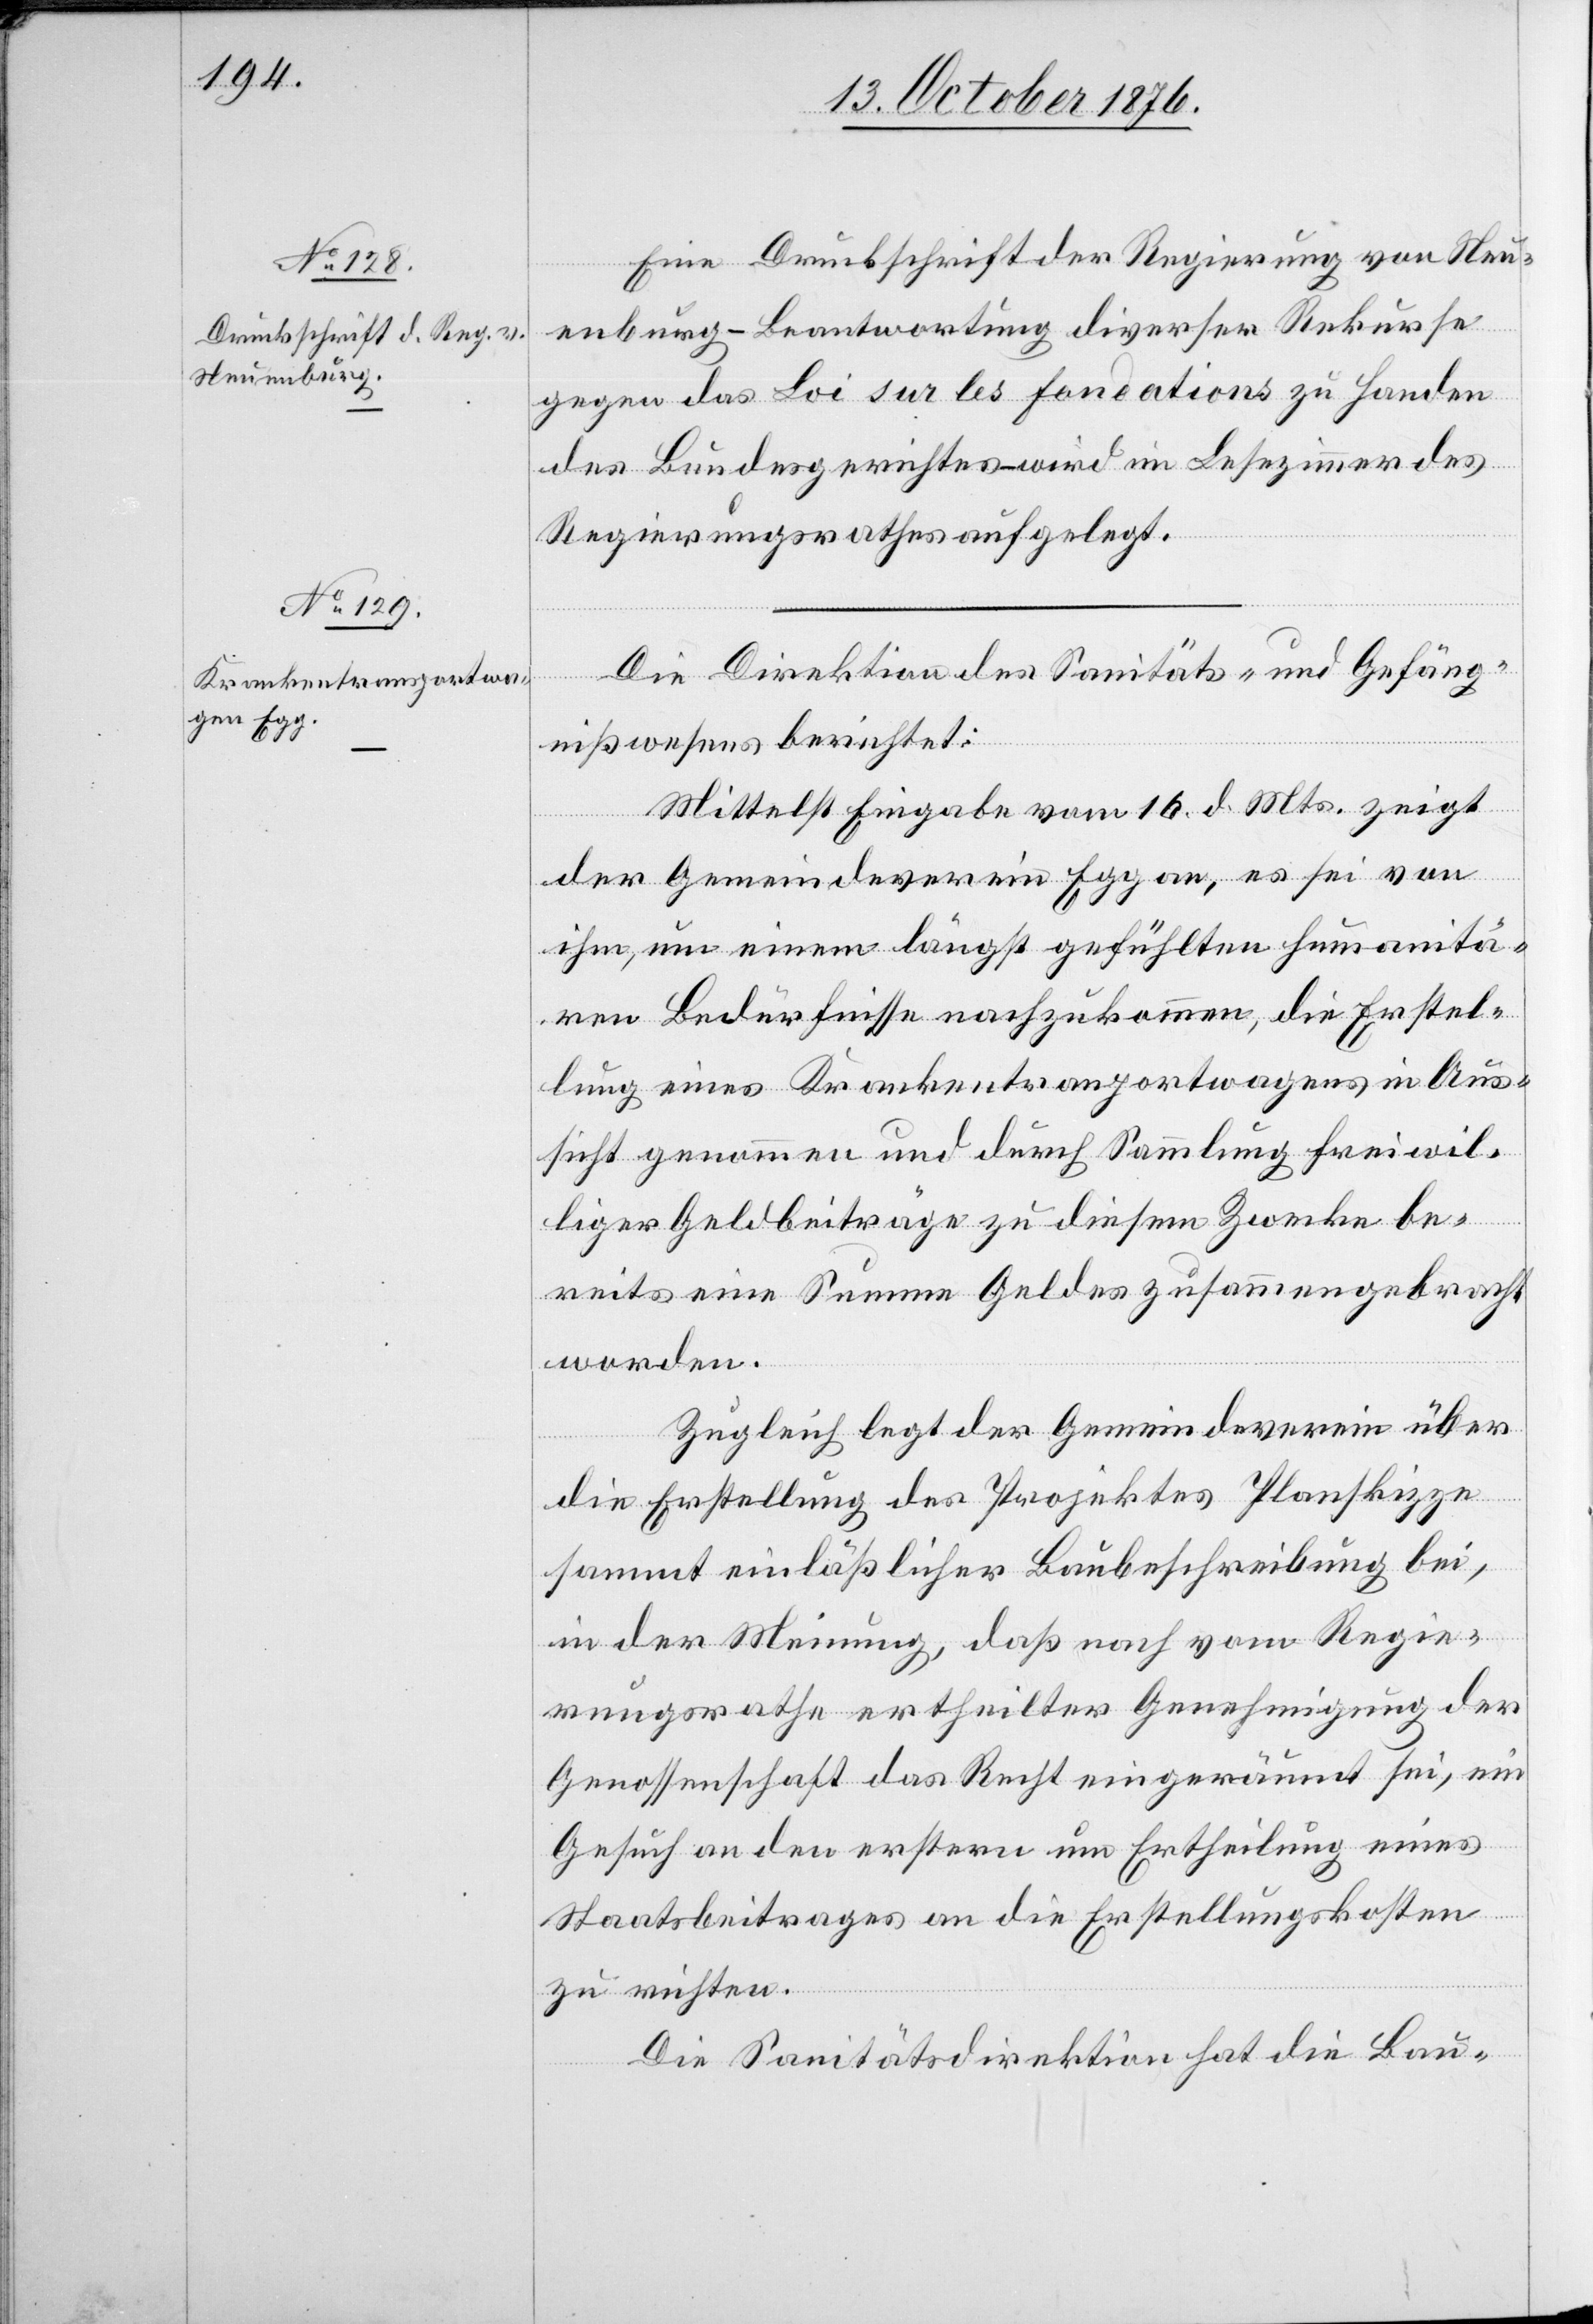
Eine Druckschrift der Regierung von Neu¬
enburg – Beantwortung diverser Rekurse
gegen das Loi sur les fondations zu Handen
des Bundesgerichtes – wird im Lesezimmer des
Regierungsrathes aufgelegt.
Die Direktion des Sanitäts- und Gefäng¬
nißwesens berichtet:
Mittelst Eingabe vom 10. d. Mts. zeigt
der Gemeindeverein Egg an, es sei von
ihm, um einem längst gefühlten humanitä¬
ren Bedürfnisse nachzukommen, die Erstel¬
lung eines Krankentransportwagens in Aus¬
sicht genommen und durch Sammlung freiwil¬
liger Geldbeiträge zu diesem Zwecke be¬
reits eine Summe Geldes zusammengebracht
worden.
Zugleich legt der Gemeindeverein über
die Erstellung des Projektes Planskizze
sammt einläßlicher Baubeschreibung bei,
in der Meinung, daß nach vom Regie¬
rungsrathe ertheilter Genehmigung der
Genossenschaft das Recht eingeräumt sei, ein
Gesuch an den erstern um Ertheilung eines
Staatsbeitrages an die Erstellungskosten
zu richten.
Die Sanitätsdirektion hat die Bau-